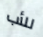
للأب